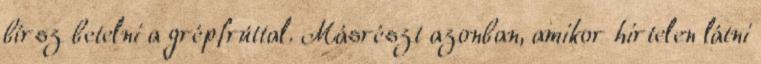
bírsz betelni a grépfrúttal. Másrészt azonban, amikor hirtelen látni